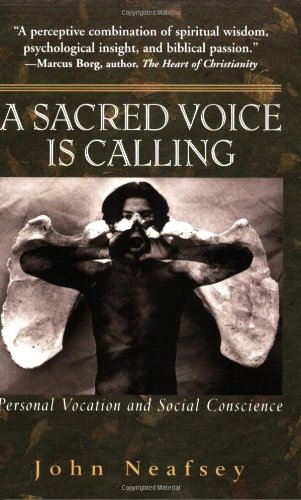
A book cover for A Sacred Voice Is Calling: Personal Vocation And Social Conscience; John Neafsey; Christian Books & Bibles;